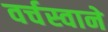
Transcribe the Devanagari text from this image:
वर्चस्वाने